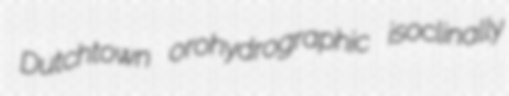
Dutchtown orohydrographic isoclinally